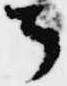
了